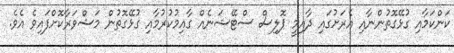
ކަންކަމާއި ގުޅޭގޮތުންނާއި އެރަށުގައި ދާއިމީ ޕޮލިސް ސްޓޭޝަނެއް ގާއިމުކުރުމާއި ގުޅޭގޮތުން މަޝްވަރާކޮށްފައިވެ އެވެ.